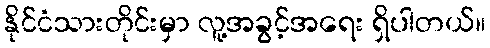
နိုင်ငံသားတိုင်းမှာ လူ့အခွင့်အရေး ရှိပါတယ်။